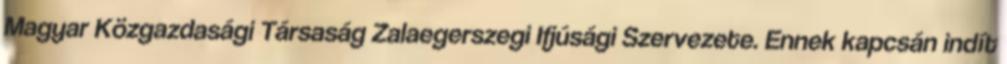
Magyar Közgazdasági Társaság Zalaegerszegi Ifjúsági Szervezete. Ennek kapcsán indít